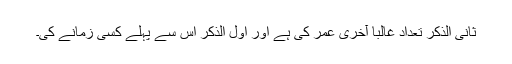
ثانی الذکر تعداد غالباً آخری عمر کی ہے اور اول الذکر اس سے پہلے کسی زمانے کی۔